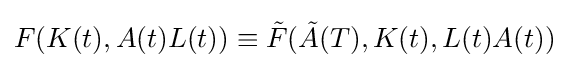
F(K(t),A(t)L(t))\equiv {\tilde {F}}({\tilde {A}}(T),K(t),L(t)A(t))